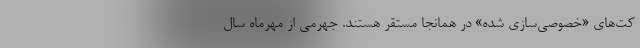
كت‌هاي «خصوصي‌سازي شده» در همانجا مستقر هستند. جهرمي از مهرماه سال